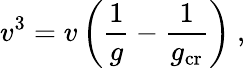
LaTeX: v^{3}=v\left(\frac{1}{g}-\frac{1}{g_{\mathrm{cr}}}\right)\ ,